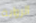
الرواية